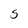
Character: S